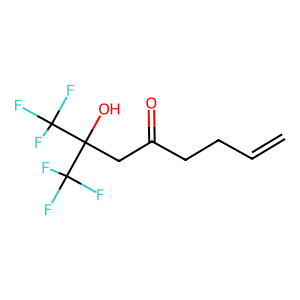
SMILES: C=CCCC(=O)CC(O)(C(F)(F)F)C(F)(F)F
Inhibits HIV replication: No